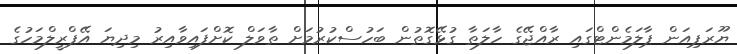
ޔޫރަޕިއަން ޕާލަމެންޓްގައި ރާއްޖޭގެ ހާލަތާ ގުޅޭގޮތުން ބަހުސްކުރުމަށް ތާވަލް ކޮށްފައިވާއިރު މިދިޔަ އޭޕްރީލްމަހުގެ